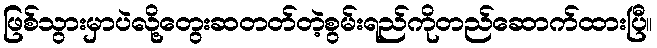
ဖြစ်သွားမှာပဲလို့တွေးဆတတ်တဲ့စွမ်းရည်ကိုတည်ဆောက်ထားပြီ။